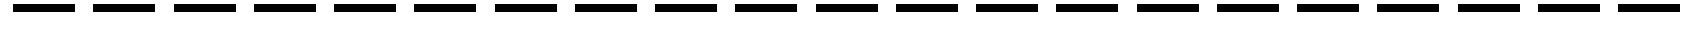
---------------------